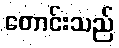
တောင်းသည်